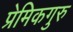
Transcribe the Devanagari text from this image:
प्रेमिकगुरु